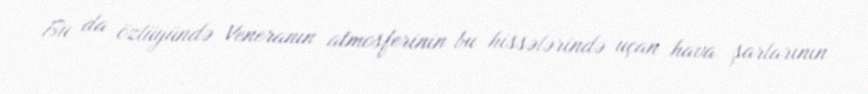
Bu da özlüyündə Veneranın atmosferinin bu hissələrində uçan hava şarlarının